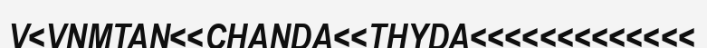
V<VNMTAN<<CHANDA<<THYDA<<<<<<<<<<<<<